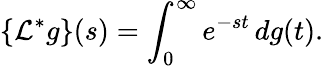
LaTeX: \{ {\mathcal{L}}^{*}g\} (s)=\int_{0}^{\infty}e^{-st}\, dg(t).